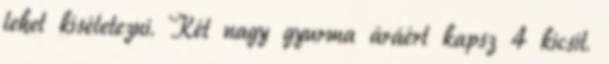
lehet kíséletezni. Két nagy gyurma áráért kapsz 4 kicsit.